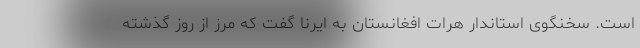
است. سخنگوی استاندار هرات افغانستان به ایرنا گفت که مرز از روز گذشته